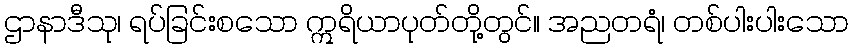
ဌာနာဒီသု၊ ရပ်ခြင်းစသော ဣရိယာပုတ်တို့တွင်။ အညတရံ၊ တစ်ပါးပါးသော